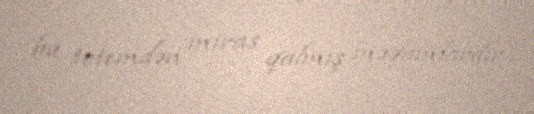
bu totemdən miras qalmış məqamlardır.